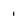
Character: i